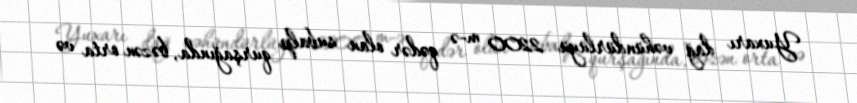
Yuxarı dağ vəhündürlüyü 2200 m-ə qədər olan subalp qurşağında, bəzən orta və